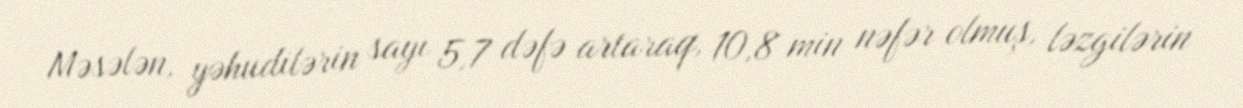
Məsələn, yəhudilərin sayı 5,7 dəfə artaraq, 10,8 min nəfər olmuş, ləzgilərin